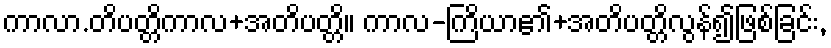
ကာလာ.တိပတ္တိကာလ+အတိပတ္တိ။ ကာလ-ကြိယာ၏+အတိပတ္တိလွန်၍ဖြစ်ခြင်း,